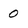
Character: 0